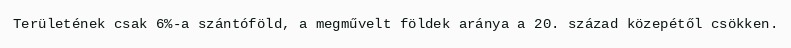
Területének csak 6%-a szántóföld, a megművelt földek aránya a 20. század közepétől csökken.